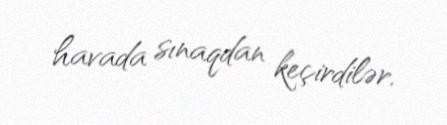
havada sınaqdan keçirdilər.